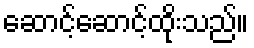
ဆောင့်ဆောင့်ထိုးသည်။